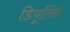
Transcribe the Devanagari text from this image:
डियूलिसे